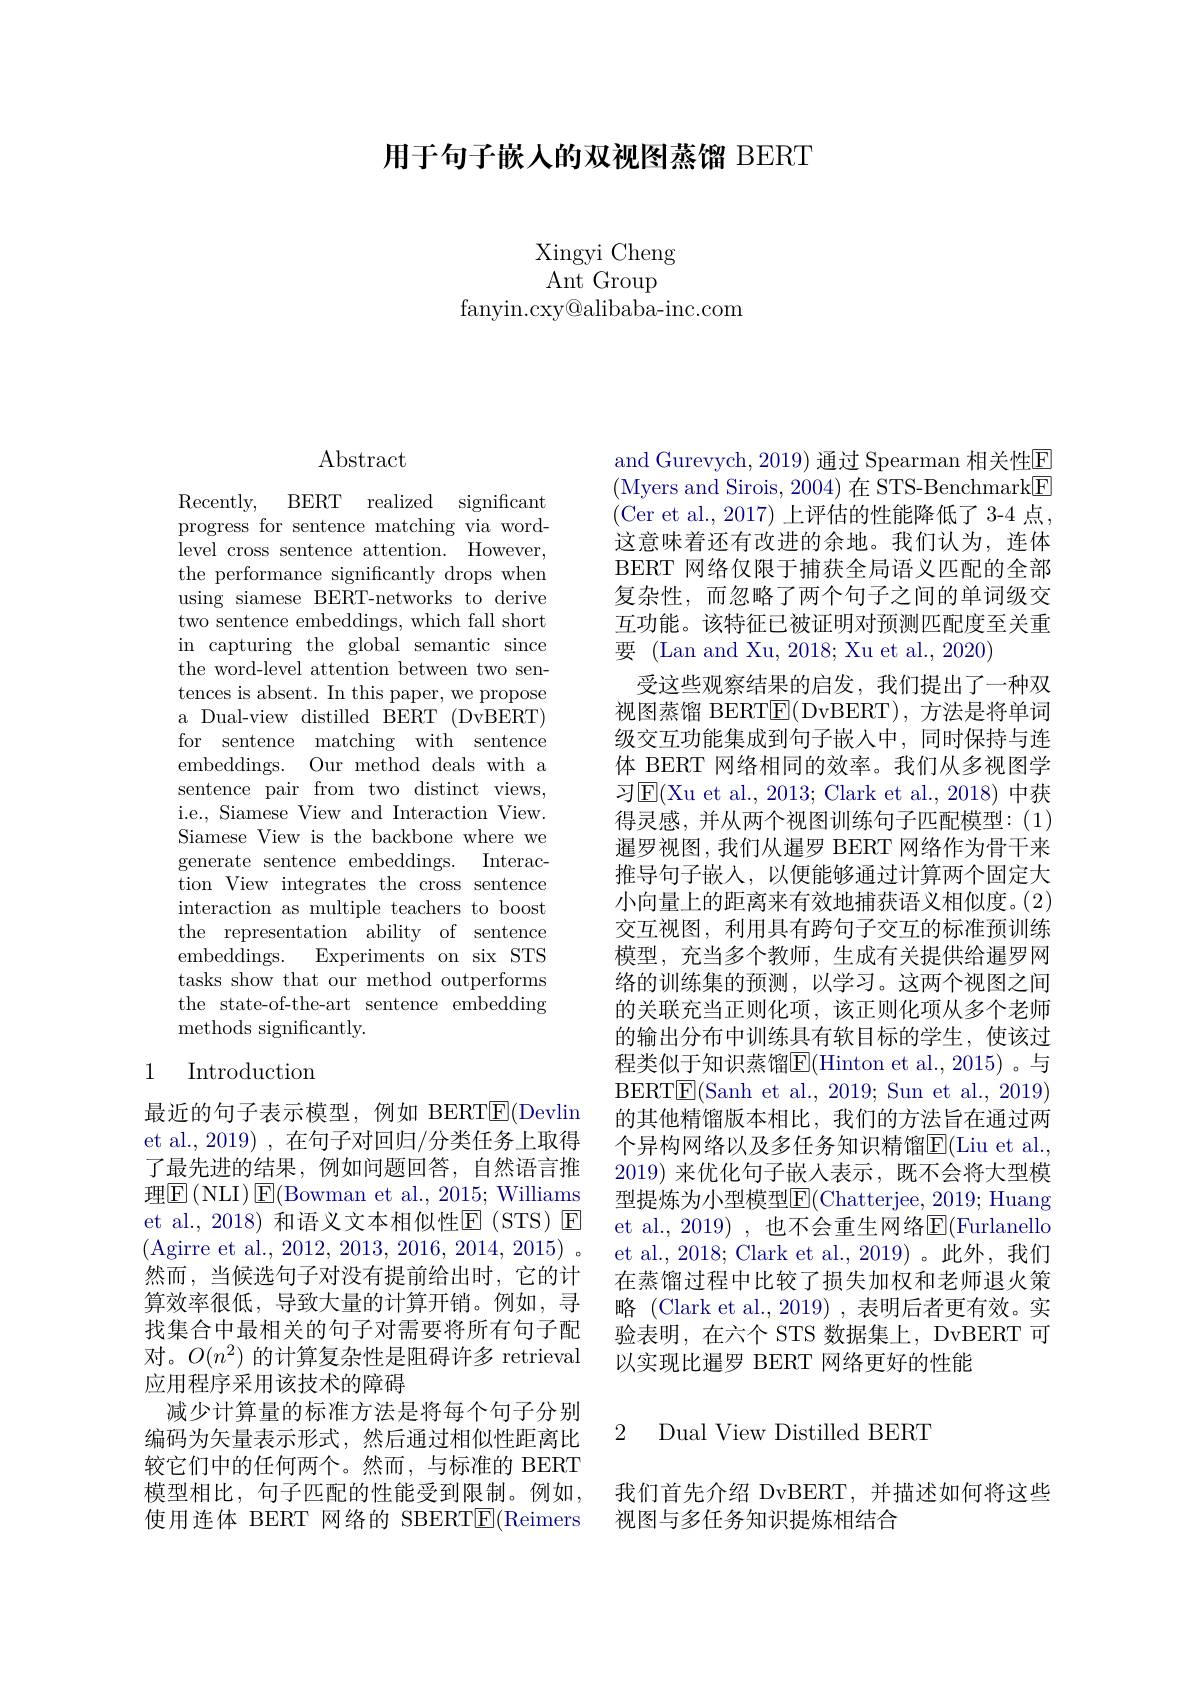
用于句子嵌人的双视图蒸馏 BERT

Xingyi Cheng $\mathop{\mathrm{Ant}}\mathop{\mathrm{Group}}$
fanyin. cxy@ alibaba- inc. com

$\operatorname{Abstract}$

Recently, BERT realized significant progress for sentence matching via wordlevel cross sentence attention. However, the performance significantly drops when using siamese BERT-networks to derive $\bar{\text{two sentence embeddings, which fall short}}$ in capturing the global semantic since the word-level attention between two sentences is absent. In this paper, we propose a Dual-view distilled BERT (DvBERT) for sentence matching with sentence embeddings. Our method deals with a sentence pair from two distinct views, i.e., Siamese View and Interaction View. Siamese View is the backbone where we generate sentence embeddings. Interaction View integrates the cross sentence interaction as multiple teachers to boost the representation ability of sentence ${\mathrm{embeddings. }}$ ${\mathrm{Experiments~on~six~STS}}$ tasks show that our method outperforms the state-of-the-art sentence embedding methods significantly.

# 1 Introduction

最近的句子表示模型，例如 BERT$\underline{\mathrm{E}}($Devlin et al., 2019) , 在句子对回归/分类任务上取得了最先进的结果，例如问题回答，自然语言推理$\boxed{\mathrm{F}}($NLI$)\boxed{\mathrm{E}}($Bowman et al., 2015; Williams et al.,2018) 和语义文本相似性$\mathbb{E}$(STS)$\mathbb{E}$ (Agirre et al., 2012, 2013, 2016, 2014, 2015)~, 然而，当候选句子对没有提前给出时，它的计算效率很低，导致大量的计算开销。例如，寻找集合中最相关的句子对需要将所有句子配对。$O(n^2)$的计算复杂性是阻碍许多 retrieval 应用程序采用该技术的障碍
减少计算量的标准方法是将每个句子分别编码为矢量表示形式，然后通过相似性距离比较它们中的任何两个。然而，与标准的 BERT 模型相比，句子匹配的性能受到限制。例如， 使用连体 BERT 网络的 SBERTE(Reimers

and Gurevych, 2019) 通过 Spearman 相关性E (Myers and Sirois, 2004) 在 STS-Benchmark[E] (Cer et al., 2017) 上评估的性能降低了 3-4 点， 这意味着还有改进的余地。我们认为，连体BERT 网络仅限于捕获全局语义匹配的全部复杂性，而忽略了两个句子之间的单词级交互功能。该特征已被证明对预测匹配度至关重要 (Lan and Xu, 2018; Xu et al., 2020)
受这些观察结果的启发，我们提出了一种双视图蒸馏 BERT$\boxed{\mathrm{E}}($DvBERT),方法是将单词级交互功能集成到句子嵌入中，同时保持与连体 BERT 网络相同的效率。我们从多视图学习$\operatorname{E}($Xu et al., 2013; Clark et al., 2018) 中获得灵感，并从两个视图训练句子匹配模型：(1) 暹罗视图，我们从暹罗 BERT 网络作为骨干来推导句子嵌人，以便能够通过计算两个固定大小向量上的距离来有效地捕获语义相似度。(2) 交互视图，利用具有跨句子交互的标准预训练模型，充当多个教师，生成有关提供给暹罗网络的训练集的预测，以学习。这两个视图之间的关联充当正则化项，该正则化项从多个老师的输出分布中训练具有软目标的学生，使该过程类似于知识蒸馏$\overline{\mathrm{E}}($Hinton et al.,2015)。与BERTE(Sanh et al., 2019; Sun et al., 2019) 的其他精馏版本相比，我们的方法旨在通过两个异构网络以及多任务知识精馏$\overline{\mathrm{E}}($Liu et al., 2019)来优化句子嵌入表示，既不会将大型模型提炼为小型模型E$( Chatterjee, 2019; Huang$ et al., 2019) , 也不会重生网络$\mathbb{E}($Furlanello et al., 2018; Clark et al., 2019)。此外，我们在蒸馏过程中比较了损失加权和老师退火策略 (Clark et al., 2019), 表明后者更有效。实验表明，在六个 STS 数据集上，DvBERT 可以实现比暹罗 BERT 网络更好的性能

### 2 Dual View Distilled BERT

我们首先介绍 DvBERT,并描述如何将这些
视图与多任务知识提炼相结合